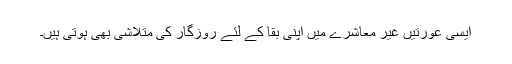
ایسی عورتیں غیر معاشرے میں اپنی بقا کے لئے روزگار کی متلاشی بھی ہوتی ہیں۔